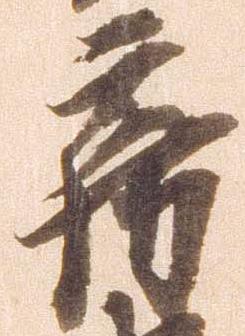
房